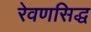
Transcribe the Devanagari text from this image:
रेवणसिद्ध